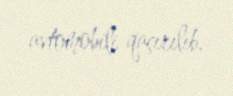
avtomobili qaçırılıb.